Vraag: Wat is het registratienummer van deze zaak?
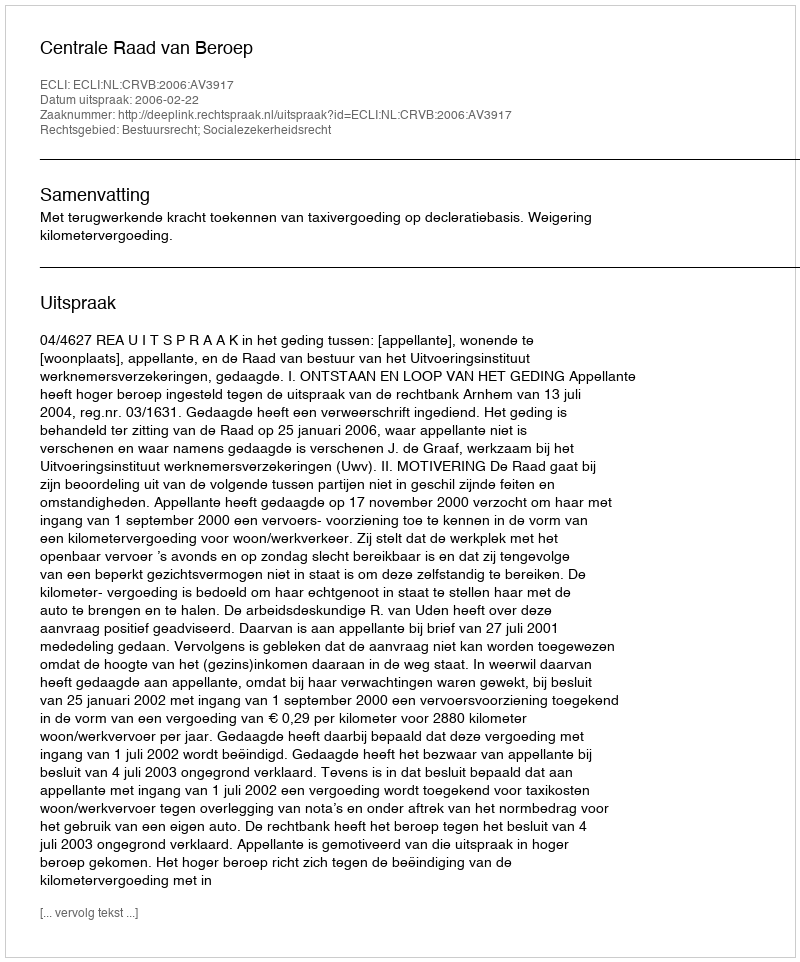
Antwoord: http://deeplink.rechtspraak.nl/uitspraak?id=ECLI:NL:CRVB:2006:AV3917